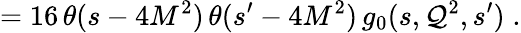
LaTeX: =16\, \theta(s-4M^{2})\, \theta(s^{\prime}-4M^{2})\, g_{0}(s,\mathcal{Q}^{2},s^{\prime})\; .